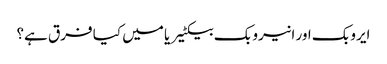
ایروبک اور انیروبک بیکٹیریا میں کیا فرق ہے؟